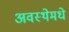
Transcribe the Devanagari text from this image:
अवस्थेमधे